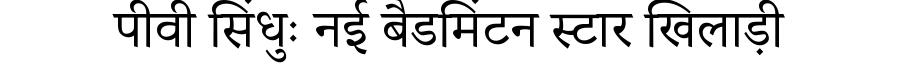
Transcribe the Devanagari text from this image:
पीवी सिंधुः नई बैडमिंटन स्टार खिलाड़ी